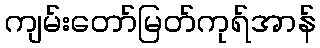
ကျမ်းတော်မြတ်ကုရ်အာန်